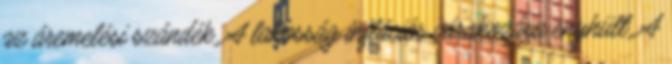
az áremelési szándék. A lakosság inflációs várakozása enyhült. A